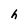
Character: h